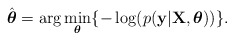
\begin{align*}\hat{\boldsymbol{\theta}} & =\arg\underset{\boldsymbol{\theta}}{\min}\{-\log(p(\mathbf{y}\vert\mathbf{X},\boldsymbol{\theta}))\}.\end{align*}